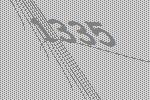
1335